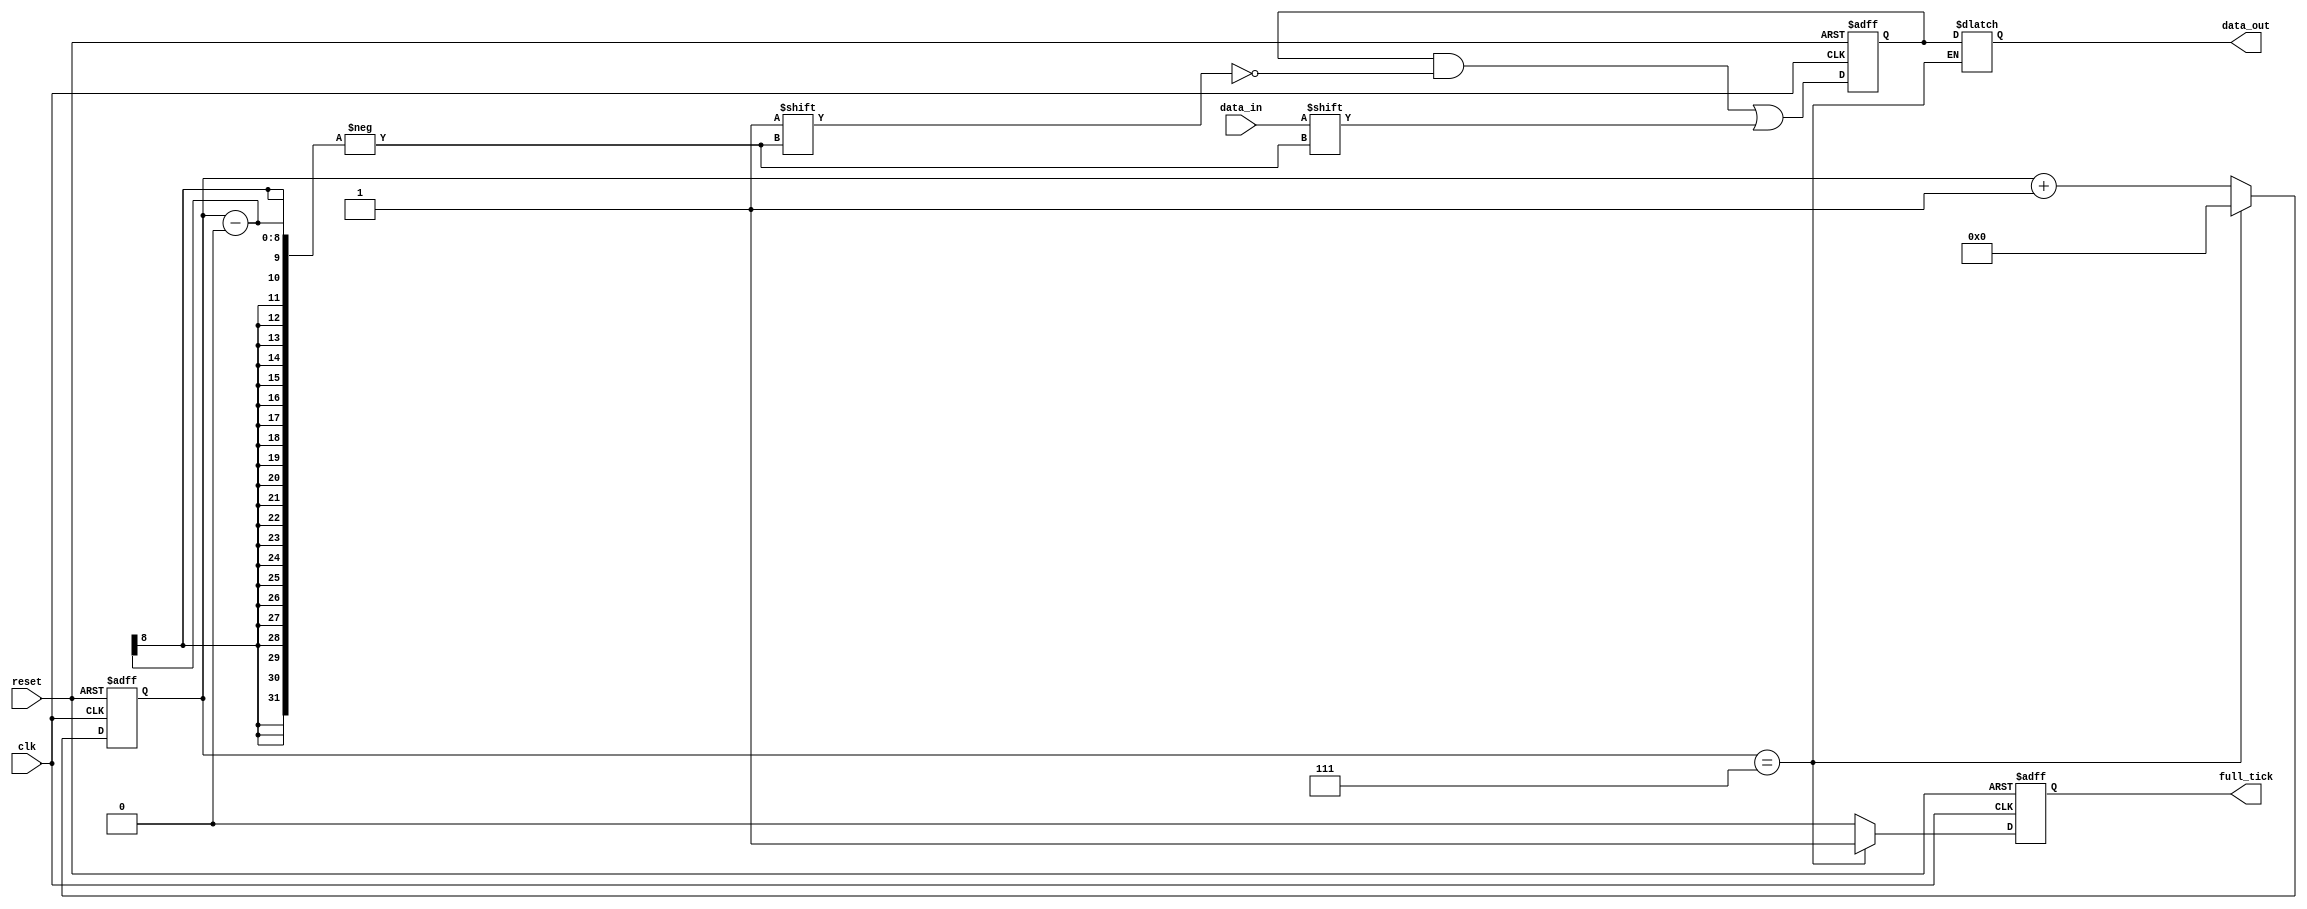
`timescale 1ns / 1ps

module serial_to_parallel#(parameter N=8)(
    input wire clk,reset,
    input wire data_in,
    output wire full_tick,
    output reg [N-1:0] data_out
    );
    
reg [N-1:0] count_reg, count_next;
reg [N-1:0] data_reg, data_next;
reg full_reg, full_next;

assign full_tick = full_reg;

always @ (posedge clk, posedge reset) begin
    if(reset) begin
        full_reg <= 0;
        data_reg <= 0;
        count_reg <= 0;
    end
    else begin
        full_reg <= full_next;
        data_reg <= data_next;
        count_reg <= count_next;
    end
end

always @* begin
    count_next = count_reg;
    data_next = data_reg;
    full_next = full_reg;
    
    //serial to parallel
    data_next[count_reg] = data_in;
    
    if(count_reg == N-1) begin
        full_next = 1;
        count_next = 0;
        
        data_out = data_reg;
    end else begin
        count_next = count_reg + 1;
        full_next = 0;
    end
end
endmodule